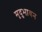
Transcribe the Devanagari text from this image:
मृदुभावन